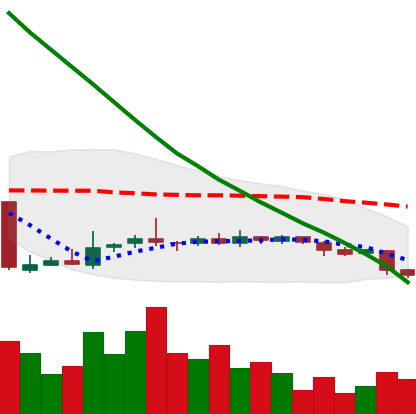
Ticker: NEO-USD
Chart end date: 2018-10-30
Forward return: 9.327%
Label: up_7plus